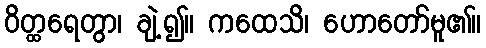
ဝိတ္ထရေတွာ၊ ချဲ့၍။ ကထေသိ၊ ဟောတော်မူ၏။